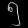
Digit: ၅